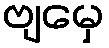
ဗျမှေ